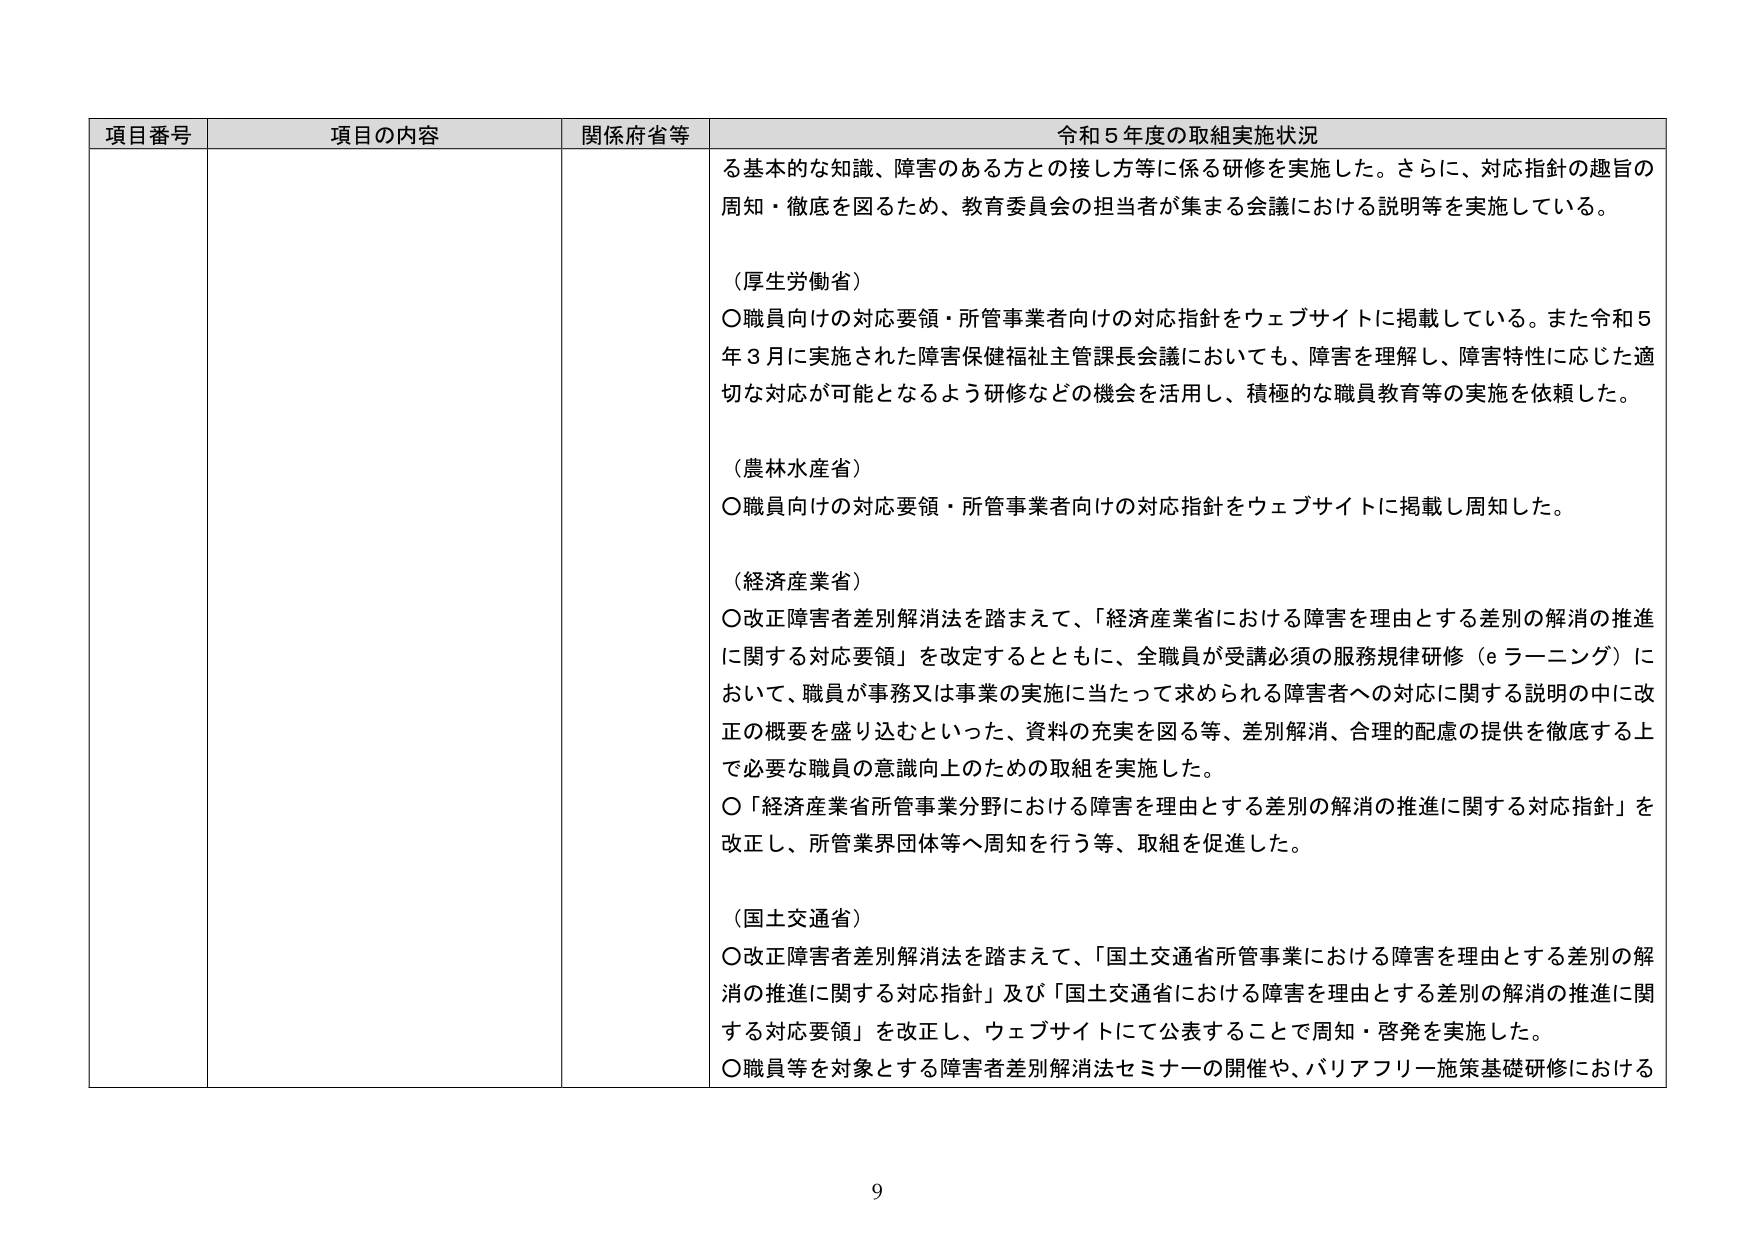
項目番号 項目の内容 関係府省等 令和５年度の取組実施状況
る基本的な知識、障害のある方との接し方等に係る研修を実施した。さらに、対応指針の趣旨の
周知・徹底を図るため、教育委員会の担当者が集まる会議における説明等を実施している。
（厚生労働省）
〇職員向けの対応要領・所管事業者向けの対応指針をウェブサイトに掲載している。また令和５
年３月に実施された障害保健福祉主管課長会議においても、障害を理解し、障害特性に応じた適
切な対応が可能となるよう研修などの機会を活用し、積極的な職員教育等の実施を依頼した。
（農林水産省）
〇職員向けの対応要領・所管事業者向けの対応指針をウェブサイトに掲載し周知した。
（経済産業省）
〇改正障害者差別解消法を踏まえて、「経済産業省における障害を理由とする差別の解消の推進
に関する対応要領」を改定するとともに、全職員が受講必須の服務規律研修（eラーニング）に
おいて、職員が事務又は事業の実施に当たって求められる障害者への対応に関する説明の中に改
正の概要を盛り込むといった、資料の充実を図る等、差別解消、合理的配慮の提供を徹底する上
で必要な職員の意識向上のための取組を実施した。
〇「経済産業省所管事業分野における障害を理由とする差別の解消の推進に関する対応指針」を
改正し、所管業界団体等へ周知を行う等、取組を促進した。
（国土交通省）
〇改正障害者差別解消法を踏まえて、「国土交通省所管事業における障害を理由とする差別の解
消の推進に関する対応指針」及び「国土交通省における障害を理由とする差別の解消の推進に関
する対応要領」を改正し、ウェブサイトにて公表することで周知・啓発を実施した。
〇職員等を対象とする障害者差別解消法セミナーの開催や、バリアフリー施策基礎研修における
9